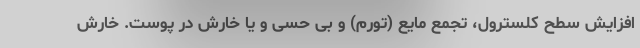
افزایش سطح کلسترول، تجمع مایع (تورم) و بی حسی و یا خارش در پوست. خارش